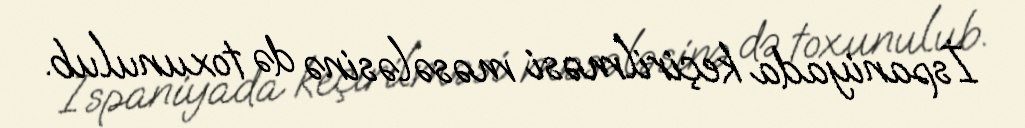
İspaniyada keçirilməsi məsələsinə də toxunulub.